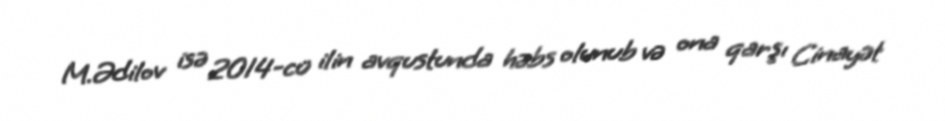
M.Ədilov isə 2014-cü ilin avqustunda həbs olunub və ona qarşı Cinayət